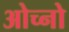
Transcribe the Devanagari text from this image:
ओच्नो